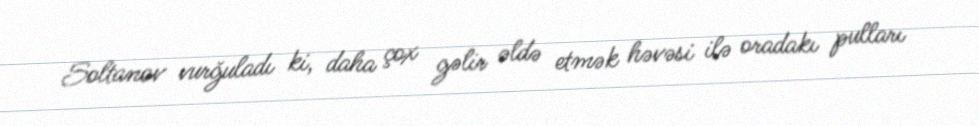
Soltanov vurğuladı ki, daha çox gəlir əldə etmək həvəsi ilə oradakı pulları